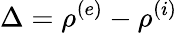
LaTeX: \Delta=\rho^{(e)}-\rho^{(i)}